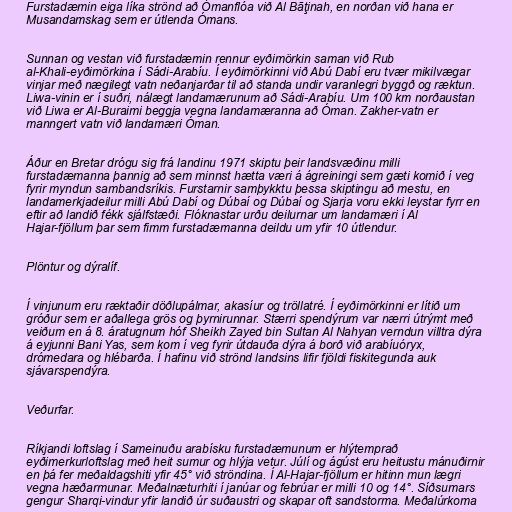
Furstadæmin eiga líka strönd að Ómanflóa við Al Bāţinah, en norðan við hana er
Musandamskag sem er útlenda Ómans.

Sunnan og vestan við furstadæmin rennur eyðimörkin saman við Rub
al-Khali-eyðimörkina í Sádi-Arabíu. Í eyðimörkinni við Abú Dabí eru tvær mikilvægar
vinjar með nægilegt vatn neðanjarðar til að standa undir varanlegri byggð og ræktun.
Liwa-vinin er í suðri, nálægt landamærunum að Sádi-Arabíu. Um 100 km norðaustan
við Liwa er Al-Buraimi beggja vegna landamæranna að Óman. Zakher-vatn er
manngert vatn við landamæri Óman.

Áður en Bretar drógu sig frá landinu 1971 skiptu þeir landsvæðinu milli
furstadæmanna þannig að sem minnst hætta væri á ágreiningi sem gæti komið í veg
fyrir myndun sambandsríkis. Furstarnir samþykktu þessa skiptingu að mestu, en
landamerkjadeilur milli Abú Dabí og Dúbaí og Dúbaí og Sjarja voru ekki leystar fyrr en
eftir að landið fékk sjálfstæði. Flóknastar urðu deilurnar um landamæri í Al
Hajar-fjöllum þar sem fimm furstadæmanna deildu um yfir 10 útlendur.

Plöntur og dýralíf.

Í vinjunum eru ræktaðir döðlupálmar, akasíur og tröllatré. Í eyðimörkinni er lítið um
gróður sem er aðallega grös og þyrnirunnar. Stærri spendýrum var nærri útrýmt með
veiðum en á 8. áratugnum hóf Sheikh Zayed bin Sultan Al Nahyan verndun villtra dýra
á eyjunni Bani Yas, sem kom í veg fyrir útdauða dýra á borð við arabíuóryx,
drómedara og hlébarða. Í hafinu við strönd landsins lifir fjöldi fiskitegunda auk
sjávarspendýra.

Veðurfar.

Ríkjandi loftslag í Sameinuðu arabísku furstadæmunum er hlýtemprað
eyðimerkurloftslag með heit sumur og hlýja vetur. Júlí og ágúst eru heitustu mánuðirnir
en þá fer meðaldagshiti yfir 45° við ströndina. Í Al-Hajar-fjöllum er hitinn mun lægri
vegna hæðarmunar. Meðalnæturhiti í janúar og febrúar er milli 10 og 14°. Síðsumars
gengur Sharqi-vindur yfir landið úr suðaustri og skapar oft sandstorma. Meðalúrkoma